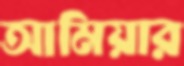
আমিয়ার